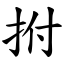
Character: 拊